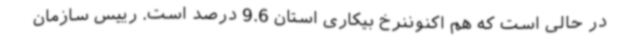
در حالی است که هم اکنوننرخ بیکاری استان 9.6 درصد است. رییس سازمان